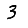
Digit: 3